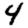
Digit: 4